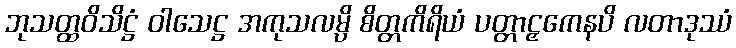
ဘုသတ္ထဝိသိဋ္ဌံ ဝါသေဋ္ဌ အကုသလမ္ပိ စိတ္တကိရိယံ ပတ္တာဠှကေနပိ လတာဒုဿံ